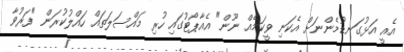
އެއީ އަޅުގަނޑުމެންނަަށް އެކަނި ވީކަމެއް ނޫން" އެއާޕޯޓުގައި ހުރި މައްސަލަތައް ހައްލުކުރަން "ފަރުވާ